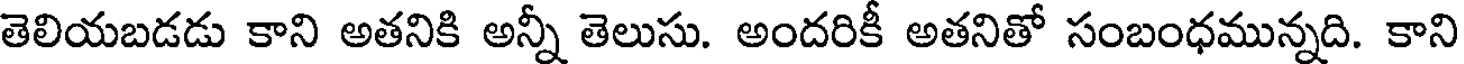
తెలియబడడు కాని అతనికి అన్నీ తెలుసు. అందరికీ అతనితో సంబంధమున్నది. కాని